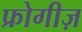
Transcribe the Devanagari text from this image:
फ्रोगीज़